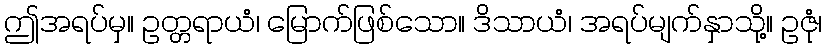
ဤအရပ်မှ။ ဥတ္တရာယံ၊ မြောက်ဖြစ်သော။ ဒိသာယံ၊ အရပ်မျက်နှာသို့။ ဥဇုံ၊